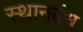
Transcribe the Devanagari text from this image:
स्थानबंध